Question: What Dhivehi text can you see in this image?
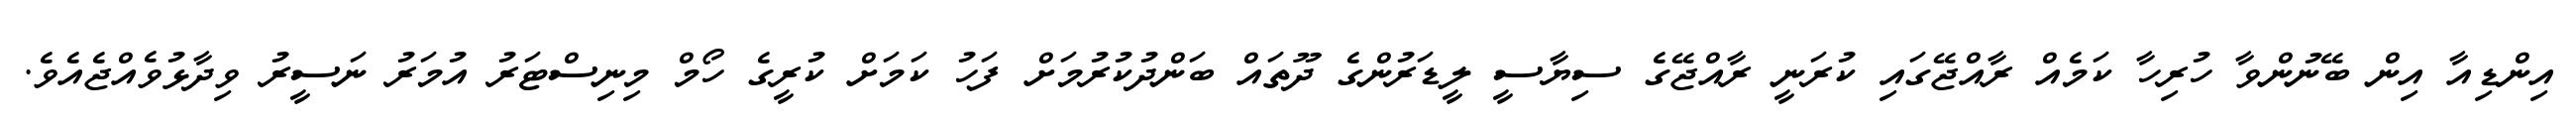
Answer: އިންޑިއާ އިން ބޭނުންވާ ހުރިހާ ކަމެއް ރާއްޖޭގައި ކުރަނީ ރާއްޖޭގެ ސިޔާސީ ލީޑަރުންގެ ދޫތައް ބަންދުކުރުމަށް ފަހު ކަމަށް ކުރީގެ ހޯމް މިނިސްޓަރު އުމަރު ނަސީރު ވިދާޅުވެއްޖެއެވެ.